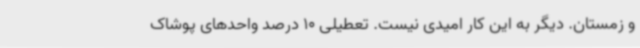
و زمستان. دیگر به این کار امیدی نیست. تعطیلی 10 درصد واحدهای پوشاک